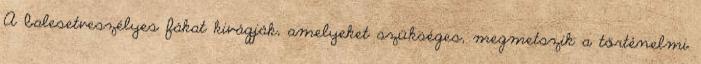
A balesetveszélyes fákat kivágják, amelyeket szükséges, megmetszik a történelmi